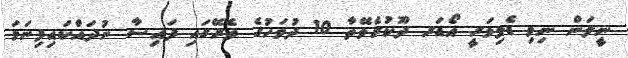
ނީލަން ނިމި ޑެލިވަރީ އޯޑަރ ދޫކުރެވޭތާ 10 ދުވަހުގެ ތެރޭގައި ފައިސާ ނުދައްކައިފިނަމަ